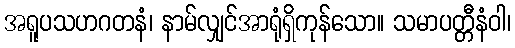
အရူပသဟဂတနံ၊ နာမ်လျှင်အာရုံရှိကုန်သော။ သမာပတ္တီနံဝါ၊